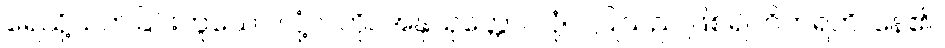
ရေသို့သက်ခြင်းဟူသော လုံ့လကို။ အနုယုတ္တော၊ လုံ့လပြုသည် ဖြစ်၍။ ဝိဟရတိ၊ နေ၏။